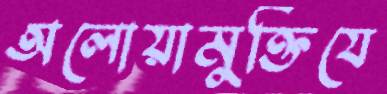
অলোয়ামুক্তিযে